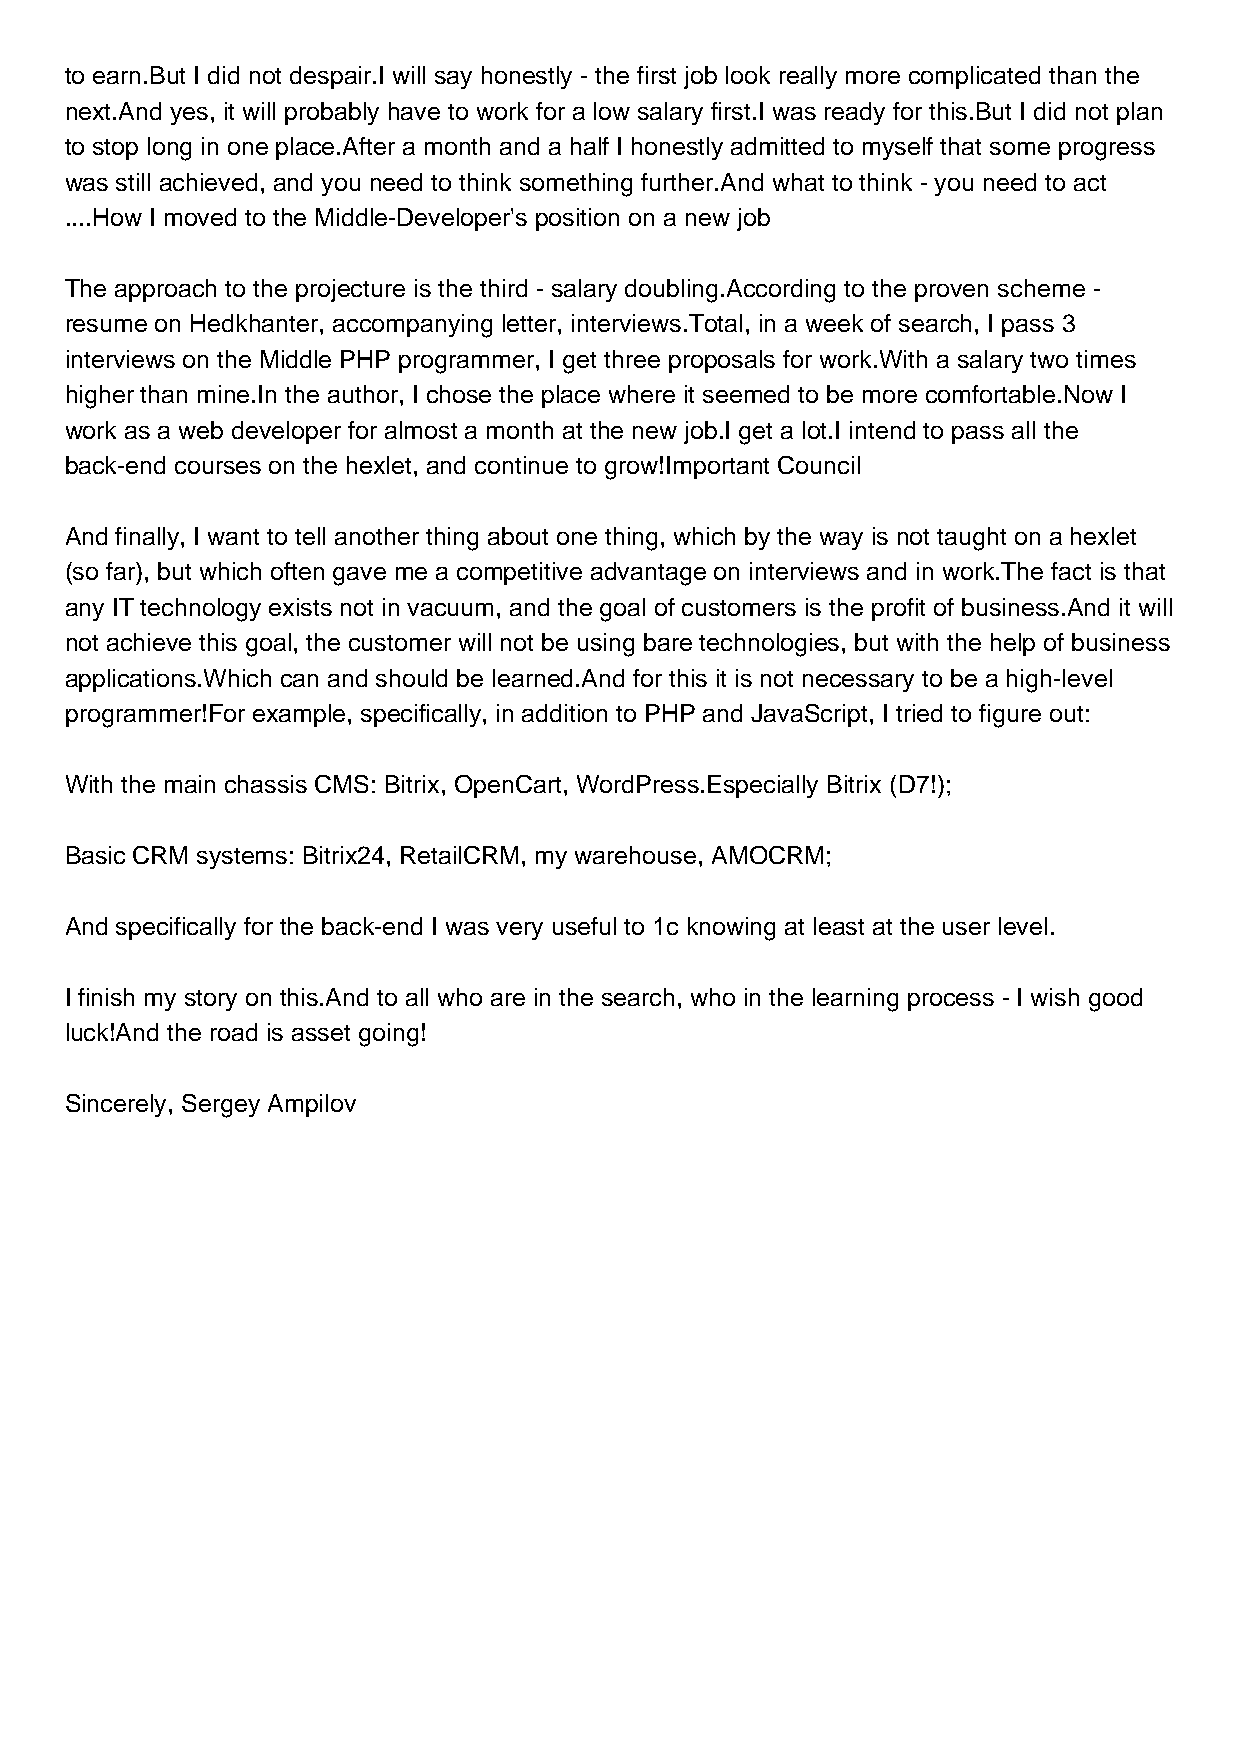
to earn.But I did not despair.I will say honestly - the first job look really more complicated than the
 next.And yes, it will probably have to work for a low salary first.I was ready for this.But I did not plan
 to stop long in one place.After a month and a half I honestly admitted to myself that some progress
 was still achieved, and you need to think something further.And what to think - you need to act
 ....How I moved to the Middle-Developer's position on a new job
 The approach to the projecture is the third - salary doubling.According to the proven scheme -
 resume on Hedkhanter, accompanying letter, interviews.Total, in a week of search, I pass 3
 interviews on the Middle PHP programmer, I get three proposals for work.With a salary two times
 higher than mine.In the author, I chose the place where it seemed to be more comfortable.Now I
 work as a web developer for almost a month at the new job.I get a lot.I intend to pass all the
 back-end courses on the hexlet, and continue to grow!Important Council
 And finally, I want to tell another thing about one thing, which by the way is not taught on a hexlet
 (so far), but which often gave me a competitive advantage on interviews and in work.The fact is that
 any IT technology exists not in vacuum, and the goal of customers is the profit of business.And it will
 not achieve this goal, the customer will not be using bare technologies, but with the help of business
 applications.Which can and should be learned.And for this it is not necessary to be a high-level
 programmer!For example, specifically, in addition to PHP and JavaScript, I tried to figure out:
 With the main chassis CMS: Bitrix, OpenCart, WordPress.Especially Bitrix (D7!);
 Basic CRM systems: Bitrix24, RetailCRM, my warehouse, AMOCRM;
 And specifically for the back-end I was very useful to 1c knowing at least at the user level.
 I finish my story on this.And to all who are in the search, who in the learning process - I wish good
 luck!And the road is asset going!
 Sincerely, Sergey Ampilov